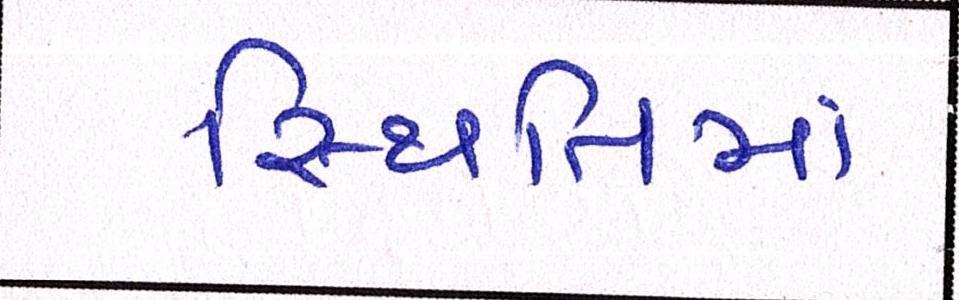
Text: સ્થિતિમાં